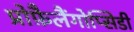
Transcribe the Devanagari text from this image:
प्रोफ़ैलैंगोप्सिडी